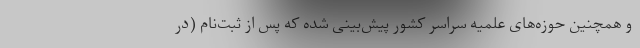
و همچنین حوزه‌های علمیه سراسر کشور پیش‌بینی شده که پس از ثبت‌نام (در